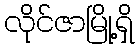
လိုင်ဇာမြို့ရှိ